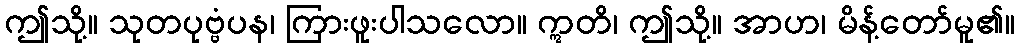
ဤသို့။ သုတပုဗ္ဗံပန၊ ကြားဖူးပါသလော။ ဣတိ၊ ဤသို့။ အာဟ၊ မိန့်တော်မူ၏။